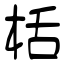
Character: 栝